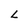
Character: L